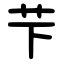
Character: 芐